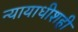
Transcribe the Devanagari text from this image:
न्यायाधीशही